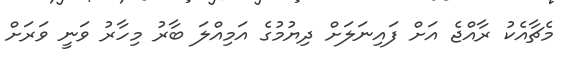
މެޗާއެކު ރާއްޖެ އަށް ފައިނަލަށް ދިޔުމުގެ އަމިއްލަ ބާރު މިހާރު ވަނީ ވަރަށް